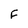
Character: F